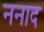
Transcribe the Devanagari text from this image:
ननाद